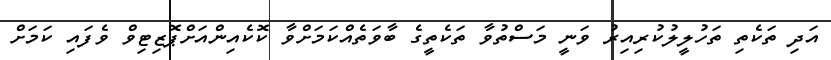
އަދި ތަކެތި ތަހުލީލުކުރިއިރު ވަނީ މަސްތުވާ ތަކެތީގެ ބާވަތެއްކަމަށްވާ ކޮކެއިންއަށްޕޮޒިޓިވް ވެފައި ކަމަށް